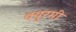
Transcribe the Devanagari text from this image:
क्युरमी